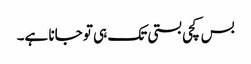
بس کچی بستی تک ہی تو جانا ہے۔